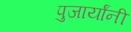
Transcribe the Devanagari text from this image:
पुजार्यांनी